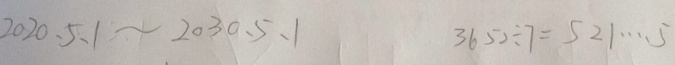
2 0 2 0 、 5 、 1 \sim 2 0 3 0 、 5 、 1 3 6 5 2 \div 7 = 5 2 1 \cdots 5